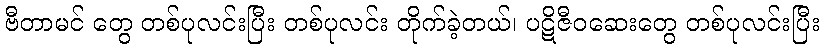
ဗီတာမင် တွေ တစ်ပုလင်းပြီး တစ်ပုလင်း တိုက်ခဲ့တယ်၊ ပဋိဇီဝဆေးတွေ တစ်ပုလင်းပြီး